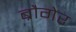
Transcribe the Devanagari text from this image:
ब्रौगेर